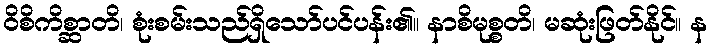
ဝိစိကိစ္ဆာတိ၊ စုံးစမ်းသည်ရှိသော်ပင်ပန်း၏။ နာစိမုစ္စတိ၊ မဆုံးဖြတ်နိုင်။ န